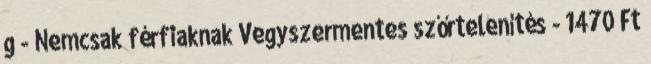
g - Nemcsak férfiaknak Vegyszermentes szőrtelenítés - 1470 Ft